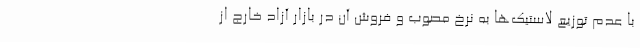
با عدم توزیع لاستیک‌ها به نرخ مصوب و فروش آن در بازار آزاد خارج از